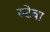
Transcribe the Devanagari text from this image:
स्टेवा